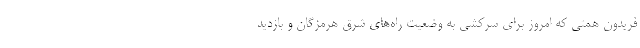
فریدون همتی که امروز برای سرکشی به وضعیت راه‌های شرق هرمزگان و بازدید